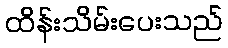
ထိန်းသိမ်းပေးသည်